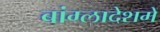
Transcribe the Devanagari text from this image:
बांग्लादेशमें